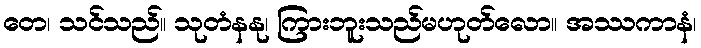
တေ၊ သင်သည်။ သုတံနနု၊ ကြားဘူးသည်မဟုတ်လော။ အဿကာနံ၊